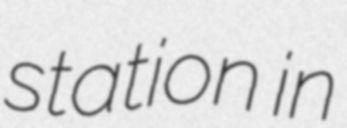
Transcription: station in